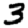
Digit: 3